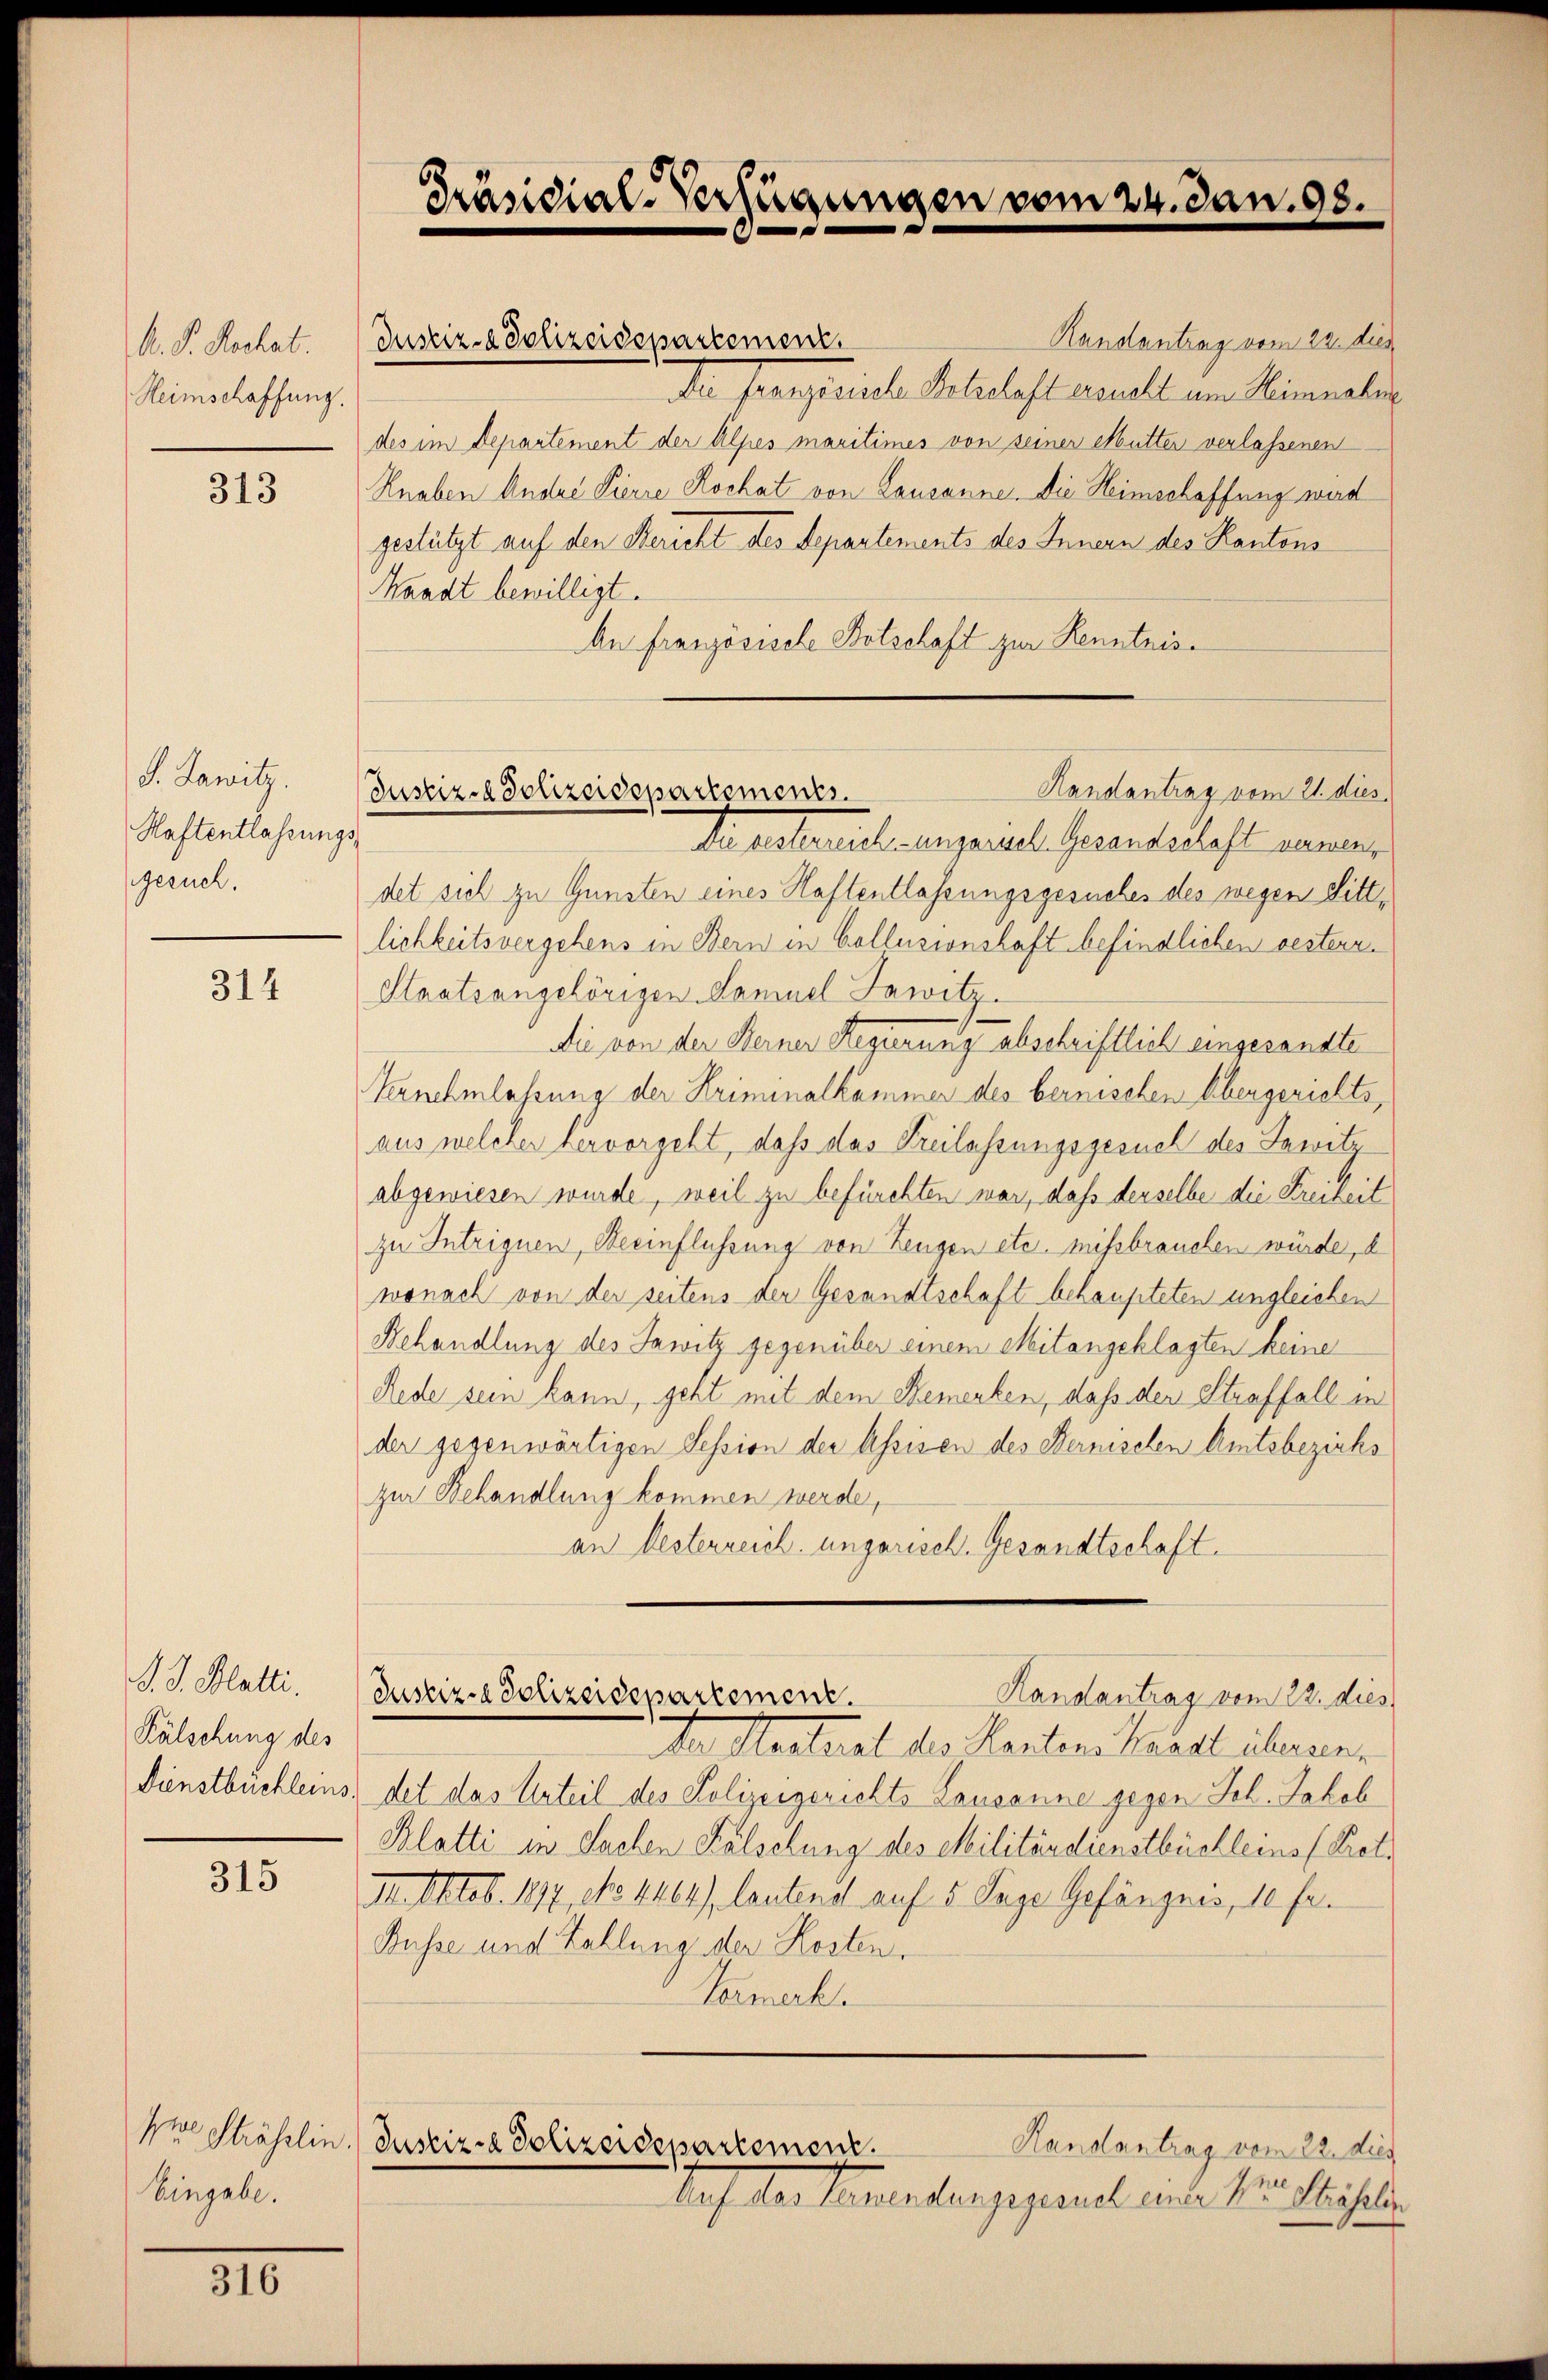
A. P. Rechat.
Heimschaffung.

313

S. Lawitz.
Haftentlassungs
gesuch.

314

J. J. Blatti.
Kälschung des
Dienstbüchleins.

315

Eingabe.

316

Waadt bewilligt.

Präsidial-Verfügungen vom 24. Jan. 98.

Randantrag vom 22. dur
Da Prangeziele Sehehaft neuell am Minnalis
des im Departement der Alpes maritimes von seiner Mutter verlassenen
Knaben Andre Pierre Kochat von Lausanne. Die Heimschaffung wird
gestützt auf den Bericht des Departements des Innern des Kantons
An Französische Botschaft zur Kenntnis¬

Justiz- & Polizeidepartement.

Handantrag vom 21. dies
Justiz-Polizeidepartementes.

Aegetauch erganes Gesandteilicht einer
det sich zu Gunsten eines Haftentlassungsgesuches des wegen Sittlichkeitsvergehens in Bern in Collusionshaft befindlichen besterr.
Staatsangehörigen Samuel Jawitz.
Die von der Berner Regierung abschriftlich eingesandte
Vernehmlassung der Kriminalkammer des bernischen Abergerichts,
aus welcher hervorgeht, dass das Freilassungsgesuch des Jawitabgewiesen wurde, weil zu befürchten war, daß derselbe die Freiheit
zu Intriguen, Beeinflüssung von Zeugen etc. missbrauchen würde, d
wonach von der seitens der Gesandtschaft behaupteten ungleichen
Behandlung des Sawitz gegenüber einem Mitangeklagten keine
Rede sein kann, geht mit dem Bemerken, daß der Straffall in
der gegenwärtigen Session der Assisen des Bernischen Amtsbezirks
zur Behandlung kommen werde,
an Oesterreich ungarisch. Gesandtschaft.
Handantrag vom 22. dies
Justiz- & Polizeidepartement.
ohen Menthal des Kanton Waadt übereindet das Urteil des Polizeigerichts Lausanne gegen Joh. Jakob
Blatti in Sachen Falsehung des Militärdienstbüchleins (Ret¬
II. Oktob. 1877, No 1464), lautend auf 5 Tage Gefängnis, 10 fr.
Busse und Zahlung der Kosten.
Vormerk
hre Sträfelin. Justiz- & Polizeidepartement.
Handlantrag vom 22. dies
Auf das Samendangegennal einer Mein Haselben